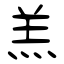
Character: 羔